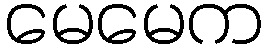
မေမေက